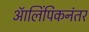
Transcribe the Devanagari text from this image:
ऑलिंपिकनंतर